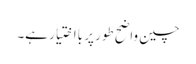
چین واضح طور پر بااختیار ہے۔